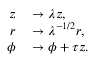
\begin{array} { r l } { z } & { { } \to \lambda z , } \\ { r } & { { } \to \lambda ^ { - 1 / 2 } r , } \\ { \phi } & { { } \to \phi + \tau z . } \end{array}